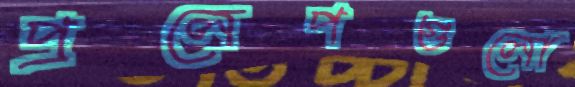
প্রলেপগুলো